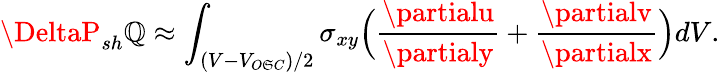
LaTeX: \DeltaP_{sh}\mathbb{Q}\approx\int_{(V-V_{O\mathfrak{S}C})/2}\sigma_{xy}\Bigl(\frac{{\partialu}}{{\partialy}}+\frac{{\partialv}}{{\partialx}}\Bigr)dV.